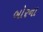
બોરના